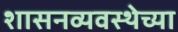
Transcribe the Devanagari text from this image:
शासनव्यवस्थेच्या